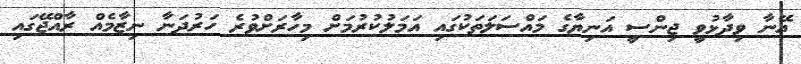
އޭނާ ވިދާޅުވީ ޖިންސީ އަނިޔާގެ މައްސަލަތަކުގައި އަމަލުކުރުމަށް މިހާރަށްވުރެ ހަރުދަނާ ނިޒާމެއް ރާއްޖޭގައި